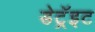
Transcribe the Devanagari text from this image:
डेट्रॅइट